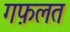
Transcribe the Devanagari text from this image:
गफ़लत